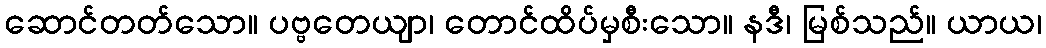
ဆောင်တတ်သော။ ပဗ္ဗတေယျာ၊ တောင်ထိပ်မှစီးသော။ နဒီ၊ မြစ်သည်။ ယာယ၊